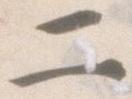
二